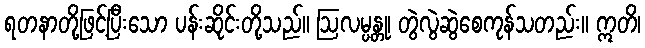
ရတနာတို့ဖြင့်ပြီးသော ပန်းဆိုင်းတို့သည်။ ဩလမ္ပန္တု၊ တွဲလွဲဆွဲစေကုန်သတည်း။ ဣတိ၊